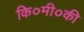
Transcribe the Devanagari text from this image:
कि०मी०की